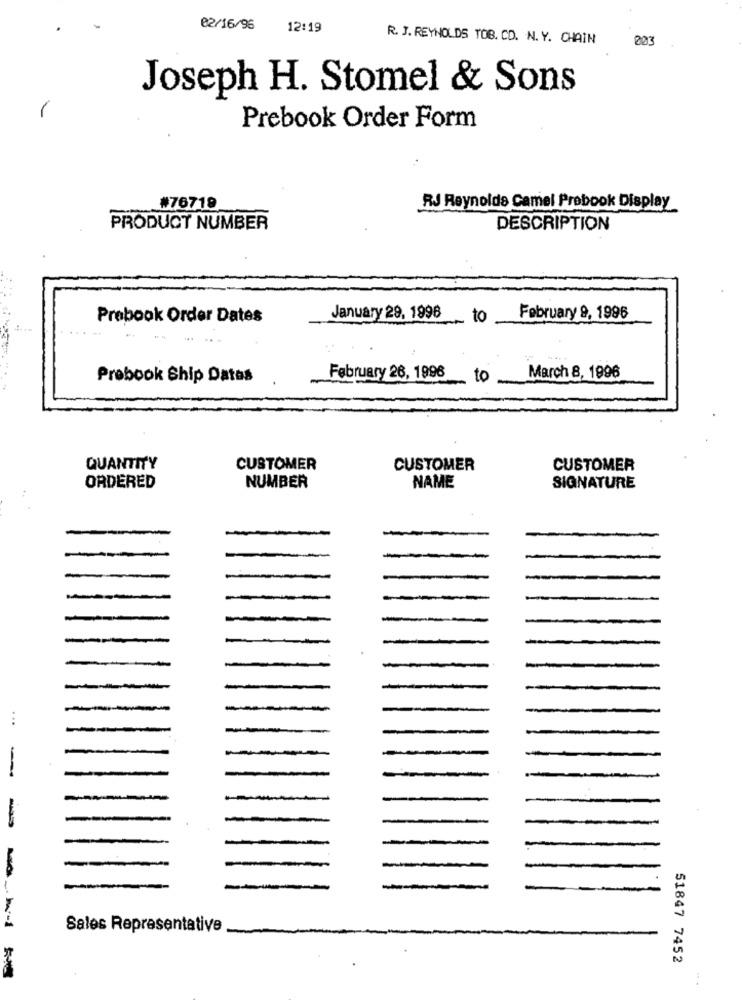
02/16/96
12:19
R. J. REYNOLDS TOB. CD. N. Y. CHAIN
Joseph H. Stomel & Sons
Prebook Order Form
#76719
RJ Reynolds Camel Probook Display
PRODUCT NUMBER
DESCRIPTION
Prebook Order Dates
January 29, 1998
- to
February 9, 1996
Probook Ship Datas
February 26, 1996
to
March 8, 1996
QUANTITY
CUSTOMER
CUSTOMER
CUSTOMER
ORDERED
NUMBER
NAME
SIGNATURE
...
--
-
Sales Representative
51847 7452